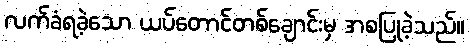
လက်ခံရခဲ့သော ယပ်တောင်တစ်ချောင်းမှ အစပြုခဲ့သည်။